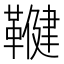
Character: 𮧨